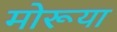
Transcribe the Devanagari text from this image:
मोरूया